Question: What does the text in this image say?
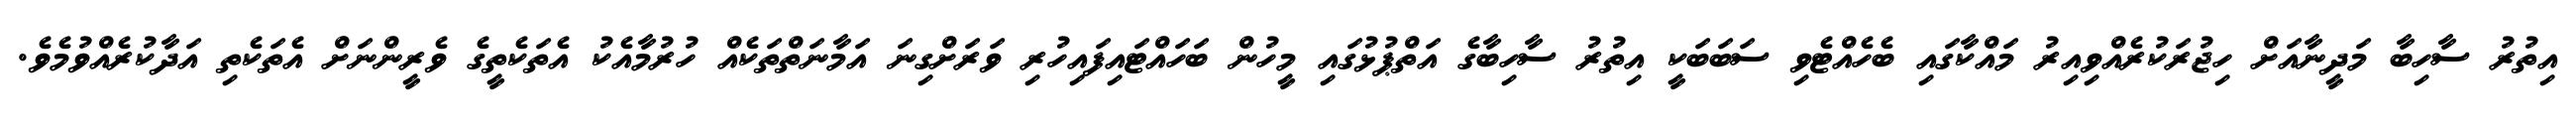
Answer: އިތުރު ސާހިބާ މަދީނާއަށް ހިޖުރަކުރެއްވިއިރު މައްކާގައި ބެހެއްޓެވި ސަބަބަކީ އިތުރު ސާހިބާގެ އަތްޕުޅުގައި މީހުން ބަހައްޓައިފައިހުރި ވަރަށްގިނަ އަމާނަތްތަކެއް ހުރުމާއެކު އެތަކެތީގެ ވެރީންނަށް އެތަކެތި އަދާކުރެއްވުމެވެ.